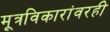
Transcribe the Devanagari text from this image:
मूत्रविकारांवरही